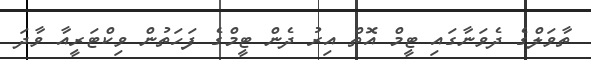
ތާވަލްގެ ދެވަނާގައި ޓީމް އޮތް އިރު ދެން ޓީމްގެ ފަހަތުން ވިކްޓަރީއާ ވާދަ